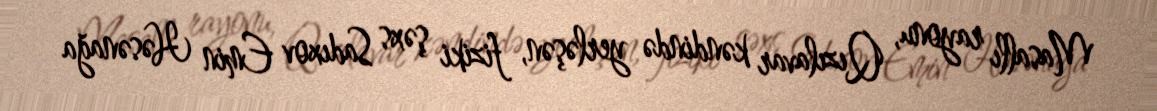
Masallı rayonu, Qızılavar kəndində yerləşən, fiziki şəxs Sadıxov Emin Həsənağa